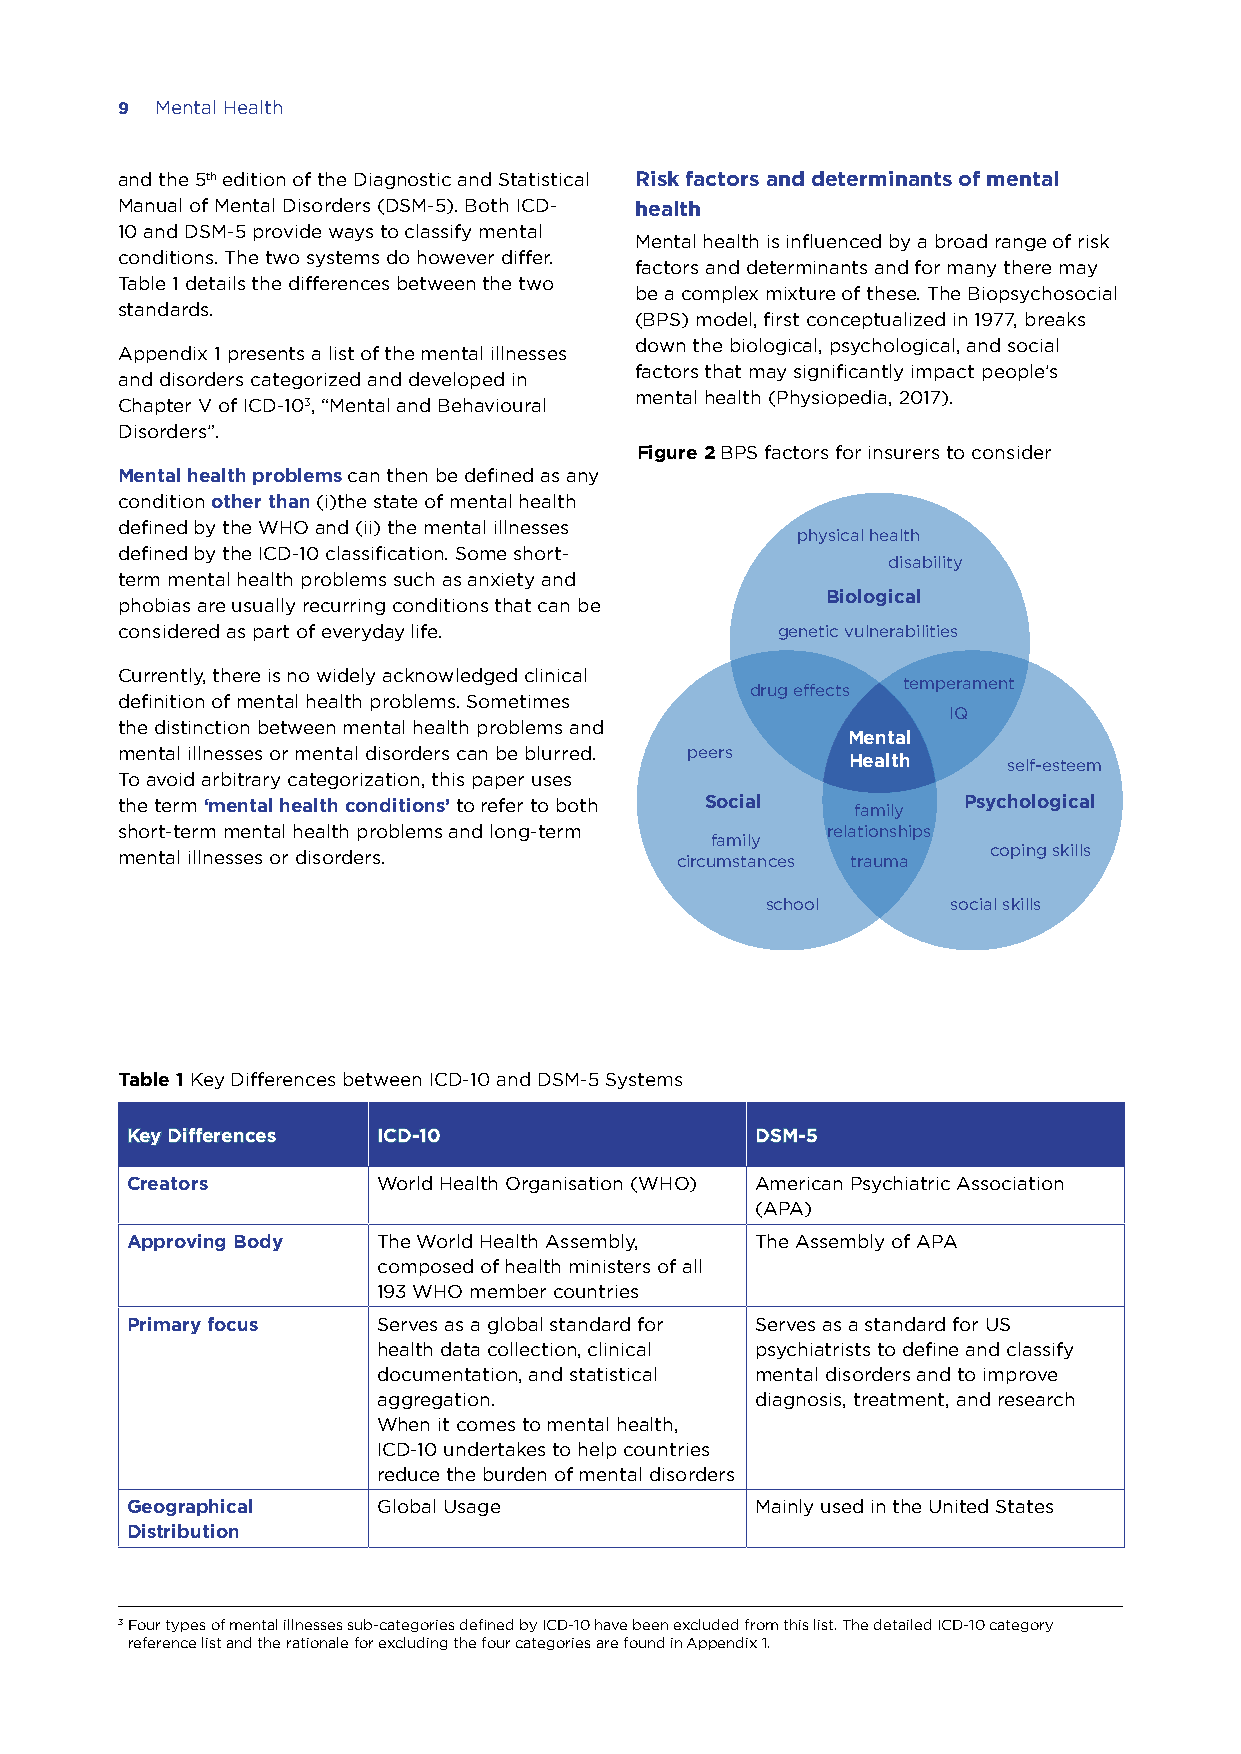
9 Mental Health
 and the 5th edition of the Diagnostic and Statistical Risk factors and determinants of mental
 Manual of Mental Disorders (DSM-5). Both ICD- health
 10 and DSM-5 provide ways to classify mental
 Mental health is influenced by a broad range of risk
 conditions. The two systems do however differ.
 factors and determinants and for many there may
 Table 1 details the differences between the two
 be a complex mixture of these. The Biopsychosocial
 standards.
 (BPS) model, first conceptualized in 1977, breaks
 down the biological, psychological, and social
 Appendix 1 presents a list of the mental illnesses
 factors that may significantly impact people’s
 and disorders categorized and developed in
 mental health (Physiopedia, 2017).
 Chapter V of ICD-103, “Mental and Behavioural
 Disorders”.
 Figure 2 BPS factors for insurers to consider
 Mental health problems can then be defined as any
 condition other than (i)the state of mental health
 defined by the WHO and (ii) the mental illnesses
 physical health
 defined by the ICD-10 classification. Some short-
 disability
 term mental health problems such as anxiety and
 Biological
 phobias are usually recurring conditions that can be
 considered as part of everyday life.       genetic vulnerabilities
 Currently, there is no widely acknowledged clinical
 temperament
 drug effects
 definition of mental health problems. Sometimes
 IQ
 the distinction between mental health problems and
 Mental
 mental illnesses or mental disorders can be blurred. peers
 Health     self-esteem
 To avoid arbitrary categorization, this paper uses
 the term ‘mental health conditions’ to refer to both Social family Psychological
 short-term mental health problems and long-term relationships
 family
 coping skills
 mental illnesses or disorders.       circumstances trauma
 school      social skills
 Table 1 Key Differences between ICD-10 and DSM-5 Systems
 KKeeyy DDiiffffeerreenncceess IICCDD--1100 DDSSMM--55
 Creators         World Health Organisation (WHO) American Psychiatric Association
 (APA)
 Approving Body   The World Health Assembly, The Assembly of APA
 composed of health ministers of all
 193 WHO member countries
 Primary focus    Serves as a global standard for Serves as a standard for US
 health data collection, clinical psychiatrists to define and classify
 documentation, and statistical mental disorders and to improve
 aggregation.             diagnosis, treatment, and research
 When it comes to mental health,
 ICD-10 undertakes to help countries
 reduce the burden of mental disorders
 Geographical     Global Usage             Mainly used in the United States
 Distribution
 3 Four types of mental illnesses sub-categories defined by ICD-10 have been excluded from this list. The detailed ICD-10 category
 reference list and the rationale for excluding the four categories are found in Appendix 1.